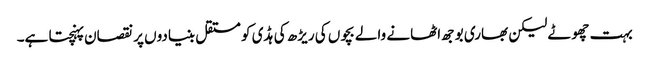
بہت چھوٹے لیکن بھاری بوجھ اٹھانے والے بچوں کی ریڑھ کی ہڈی کو مستقل بنیادوں پر نقصان پہنچتا ہے۔